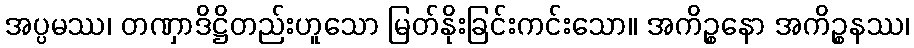
အပ္ပမဿ၊ တဏှာဒိဋ္ဌိတည်းဟူသော မြတ်နိုးခြင်းကင်းသော။ အကိဉ္စနော အကိဉ္စနဿ၊